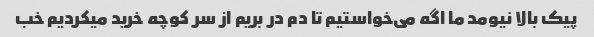
پیک بالا نیومد ما اگه می‌خواستیم تا دم در بریم از سر کوچه خرید میکردیم خب